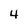
Character: 4